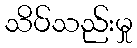
သိပ်သည်းမှု